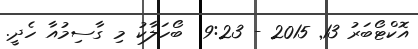
އޮކްޓޯބަރު 13